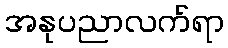
အနုပညာလက်ရာ